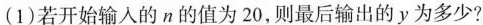
(1)若开始输入的n的值为20，则最后输出的y为多少?